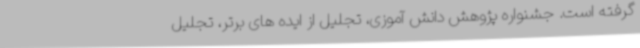
گرفته است. جشنواره پژوهش دانش آموزی، تجلیل از ایده های برتر، تجلیل